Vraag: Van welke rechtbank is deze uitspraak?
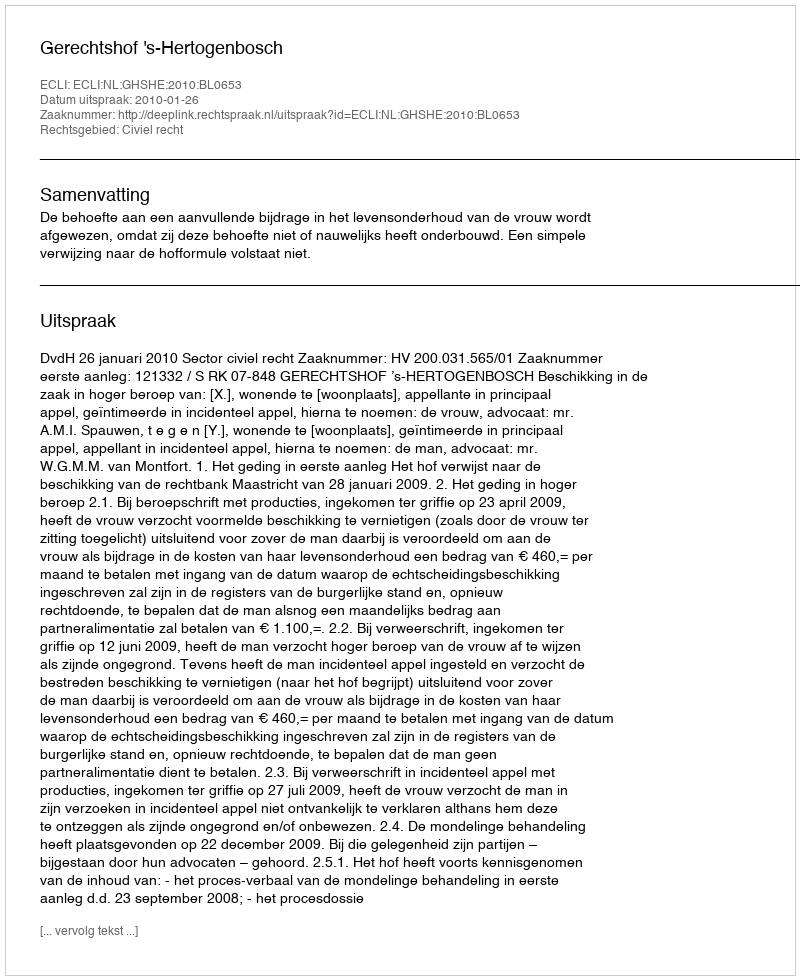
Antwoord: Gerechtshof 's-Hertogenbosch